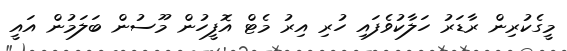
މީގެކުރިން ރާޑަރު ހަލާކުވެފައި ހުރި އިރު މެޓް އޮފީހުން މޫސުން ބަލަމުން އައީ